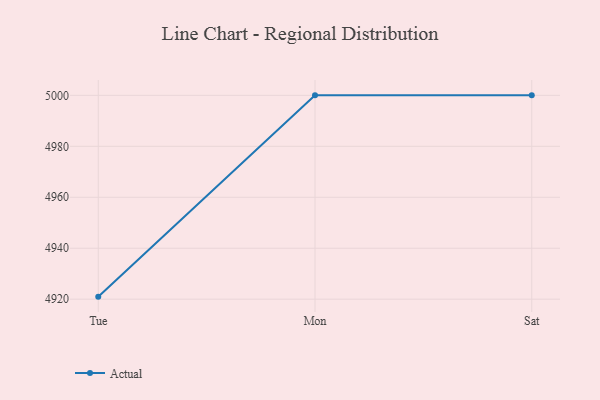
{"axis": {"x": "Day", "y": "Production Output"}, "legend": ["Actual"], "data": [{"x": "Tue", "y": 4921.0, "type": "Actual"}, {"x": "Mon", "y": 5000, "type": "Actual"}, {"x": "Sat", "y": 5000, "type": "Actual"}]}